Civil Veterinary Department Bengal reports 1923-33 - 1923-1933
Year: 1923
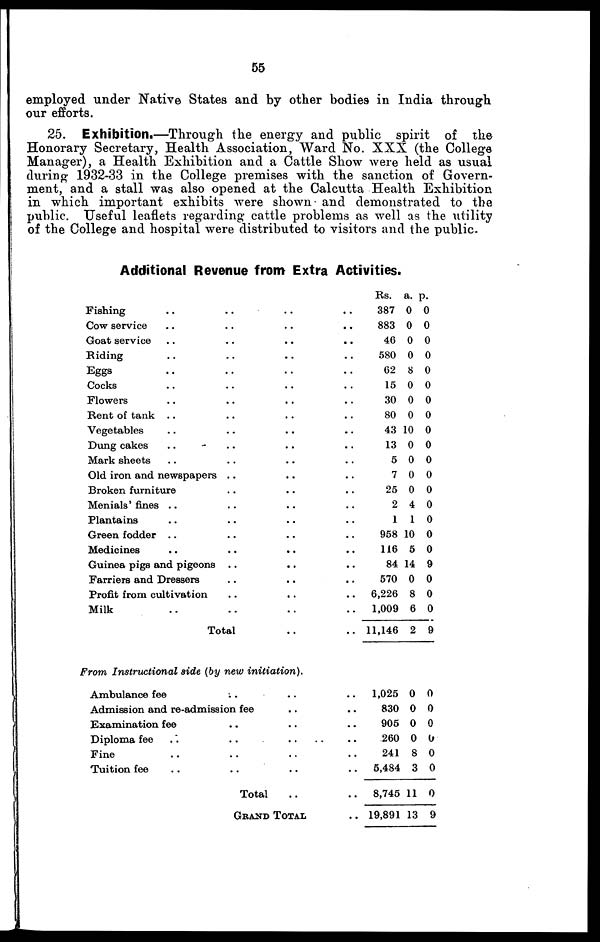
55
employed under Native States and by other bodies in India through
our efforts.
25. Exhibition.—Through the energy and public spirit of the
Honorary Secretary, Health Association, Ward No. XXX (the College
Manager), a Health Exhibition and a Cattle Show were held as usual
during 1932-33 in the College premises with the sanction of Govern-
ment, and a stall was also opened at the Calcutta Health Exhibition
in which important exhibits were shown and demonstrated to the
public. Useful leaflets regarding cattle problems as well as the utility
of the College and hospital were distributed to visitors and the public.
Additional Revenue from Extra Activities.
Fishing .. .. .. ..
Cow service .. .. .. ..
Goat service .. .. .. ..
Biding .. .. .. ..
Eggs .. .. .. ..
Cocks .. .. .. ..
Flowers .. .. .. ..
Rent of tank .. .. .. ..
Vegetables .. .. .. ..
Dung cakes .. .. .. ..
Mark sheets .. .. .. ..
Old iron and newspapers .. .. ..
Broken furniture .. .. ..
Menials' fines .. .. .. ..
Plantains .. .. .. ..
Green fodder .. .. .. ..
Medicines .. .. .. ..
Guinea pigs and pigeons .. .. ..
Farriers and Dressers .. .. ..
Profit from cultivation .. .. ..
Milk .. .. .. ..
Total .. ..
Rs.
387
883
46
580
62
15
30
80
43
13
5
7
25
2
1
958
116
84
570
6,226
1,009
11,146
a.
0
0
0
0
8
0
0
0
10
0
0
0
0
4
1
10
5
14
0
8
6
2
p.
0
0
0
0
0
0
0
0
0
0
0
0
0
0
0
0
0
9
0
0
0
9
From Instructional side (by new initiation).
Ambulance fee .. .. ..
Admission and re-admission fee .. ..
Examination fee .. .. .. ..
Diploma fee
..
..
..
..
..
Fine .. .. .. ..
Tuition fee
..
..
..
..
Total .. ..
GRAND TOTAL ..
1,025
830
905
260
241
5,484
8,745
19,891
0
0
0
0
8
3
11
13
0
0
0
0
0
0
0
9